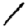
Digit: 1